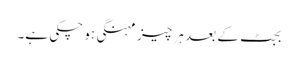
بجٹ کے بعد ہر چیز مہنگی ہو چکی ہے۔